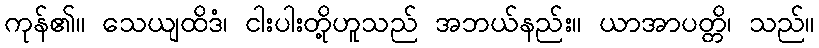
ကုန်၏။ သေယျထိဒံ၊ ငါးပါးတို့ဟူသည် အဘယ်နည်း။ ယာအာပတ္တိ၊ သည်။